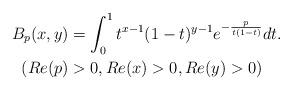
LaTeX: \begin{align*}B_{p}(x,y)& =\int_{0}^{1}t^{x-1}(1-t)^{y-1}e^{-\frac{p}{t(1-t)}}dt. \\(Re(p)& >0,Re(x)>0,Re(y)>0) \end{align*}